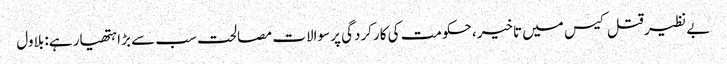
بے نظیر قتل کیس میں تاخیر، حکومت کی کارکردگی پر سوالات مصالحت سب سے بڑا ہتھیار ہے: بلاول